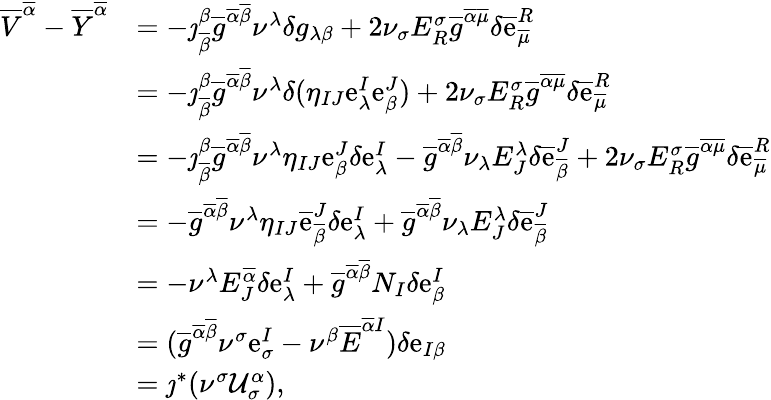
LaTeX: \begin{array}{rl}{\overline{{V}}^{\overline{{\alpha}}}-\overline{{Y}}^{\overline{{\alpha}}}}&{=-\jmath_{\overline{{\beta}}}^{\beta}\overline{{g}}^{\overline{{\alpha}}\overline{{\beta}}}\nu^{\lambda}\delta g_{\lambda\beta}+2\nu_{\sigma}E_{R}^{\sigma}\overline{{g}}^{\overline{{\alpha}}\overline{{\mu}}}\delta\overline{{\mathrm{e}}}_{\overline{{\mu}}}^{R}}\\ &{=-\jmath_{\overline{{\beta}}}^{\beta}\overline{{g}}^{\overline{{\alpha}}\overline{{\beta}}}\nu^{\lambda}\delta(\eta_{IJ}\mathrm{e}_{\lambda}^{I}\mathrm{e}_{\beta}^{J})+2\nu_{\sigma}E_{R}^{\sigma}\overline{{g}}^{\overline{{\alpha}}\overline{{\mu}}}\delta\overline{{\mathrm{e}}}_{\overline{{\mu}}}^{R}}\\ &{=-\jmath_{\overline{{\beta}}}^{\beta}\overline{{g}}^{\overline{{\alpha}}\overline{{\beta}}}\nu^{\lambda}\eta_{IJ}\mathrm{e}_{\beta}^{J}\delta\mathrm{e}_{\lambda}^{I}-\overline{{g}}^{\overline{{\alpha}}\overline{{\beta}}}\nu_{\lambda}E_{J}^{\lambda}\delta\overline{{\mathrm{e}}}_{\overline{{\beta}}}^{J}+2\nu_{\sigma}E_{R}^{\sigma}\overline{{g}}^{\overline{{\alpha}}\overline{{\mu}}}\delta\overline{{\mathrm{e}}}_{\overline{{\mu}}}^{R}}\\ &{=-\overline{{g}}^{\overline{{\alpha}}\overline{{\beta}}}\nu^{\lambda}\eta_{IJ}\overline{{\mathrm{e}}}_{\overline{{\beta}}}^{J}\delta\mathrm{e}_{\lambda}^{I}+\overline{{g}}^{\overline{{\alpha}}\overline{{\beta}}}\nu_{\lambda}E_{J}^{\lambda}\delta\overline{{\mathrm{e}}}_{\overline{{\beta}}}^{J}}\\ &{=-\nu^{\lambda}E_{J}^{\overline{{\alpha}}}\delta\mathrm{e}_{\lambda}^{I}+\overline{{g}}^{\overline{{\alpha}}\overline{{\beta}}}N_{I}\delta\mathrm{e}_{\beta}^{I}}\\ &{=(\overline{{g}}^{\overline{{\alpha}}\overline{{\beta}}}\nu^{\sigma}\mathrm{e}_{\sigma}^{I}-\nu^{\beta}\overline{{E}}^{\overline{{\alpha}}I})\delta\mathrm{e}_{I\beta}}\\ &{=\jmath^{*}(\nu^{\sigma}\mathcal{U}_{\sigma}^{\alpha}),}\end{array}